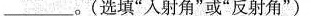
___。(选填“入射角”或“反射角”)